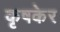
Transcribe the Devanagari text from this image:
कृषकेर